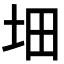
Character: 𡊰